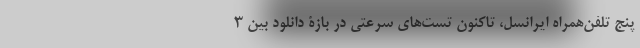
پنج تلفن‌همراه ایرانسل، تاکنون تست‌های سرعتی در بازۀ دانلود بین ۳